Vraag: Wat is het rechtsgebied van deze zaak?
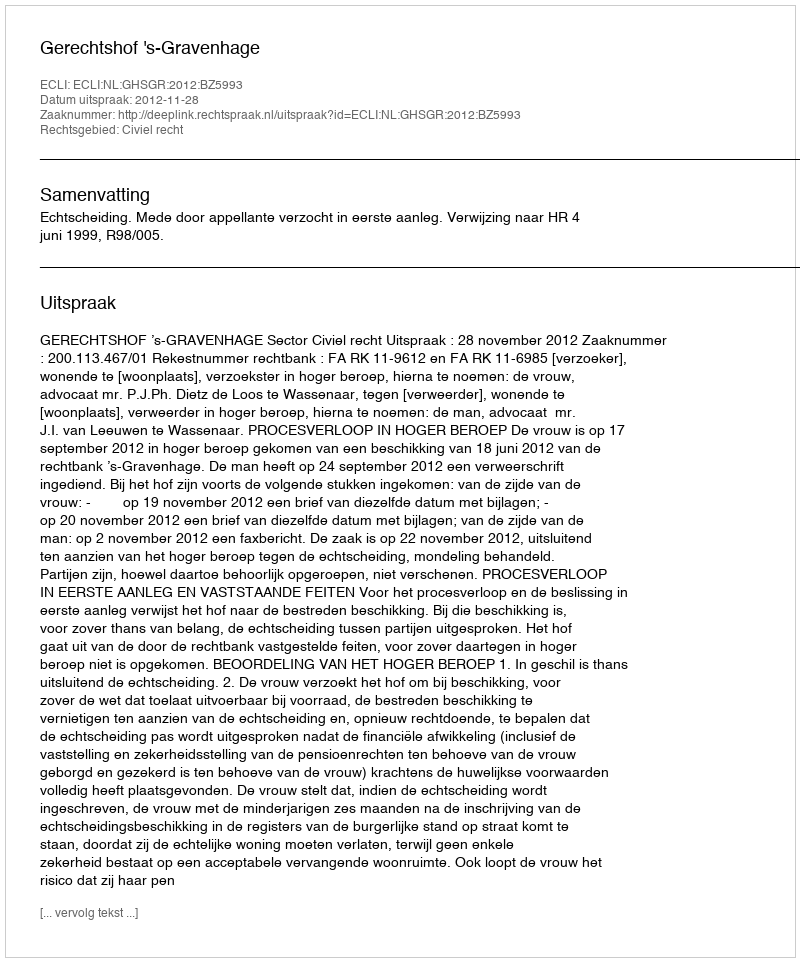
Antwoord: Civiel recht